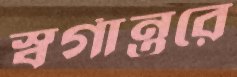
স্বর্গান্তরে